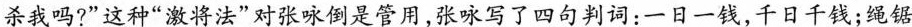
杀我吗?”这种”激将法”对张咏倒是管用，张咏写了四句判词：一日一钱，千日千钱；绳锯